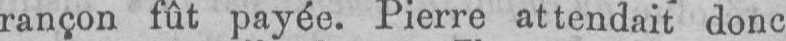
rançon fût payée. Pierre attendait donc